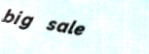
big sale